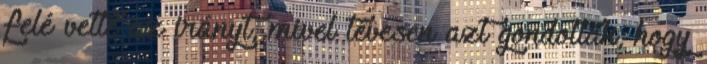
felé vette az irányt, mivel tévesen azt gondolták, hogy